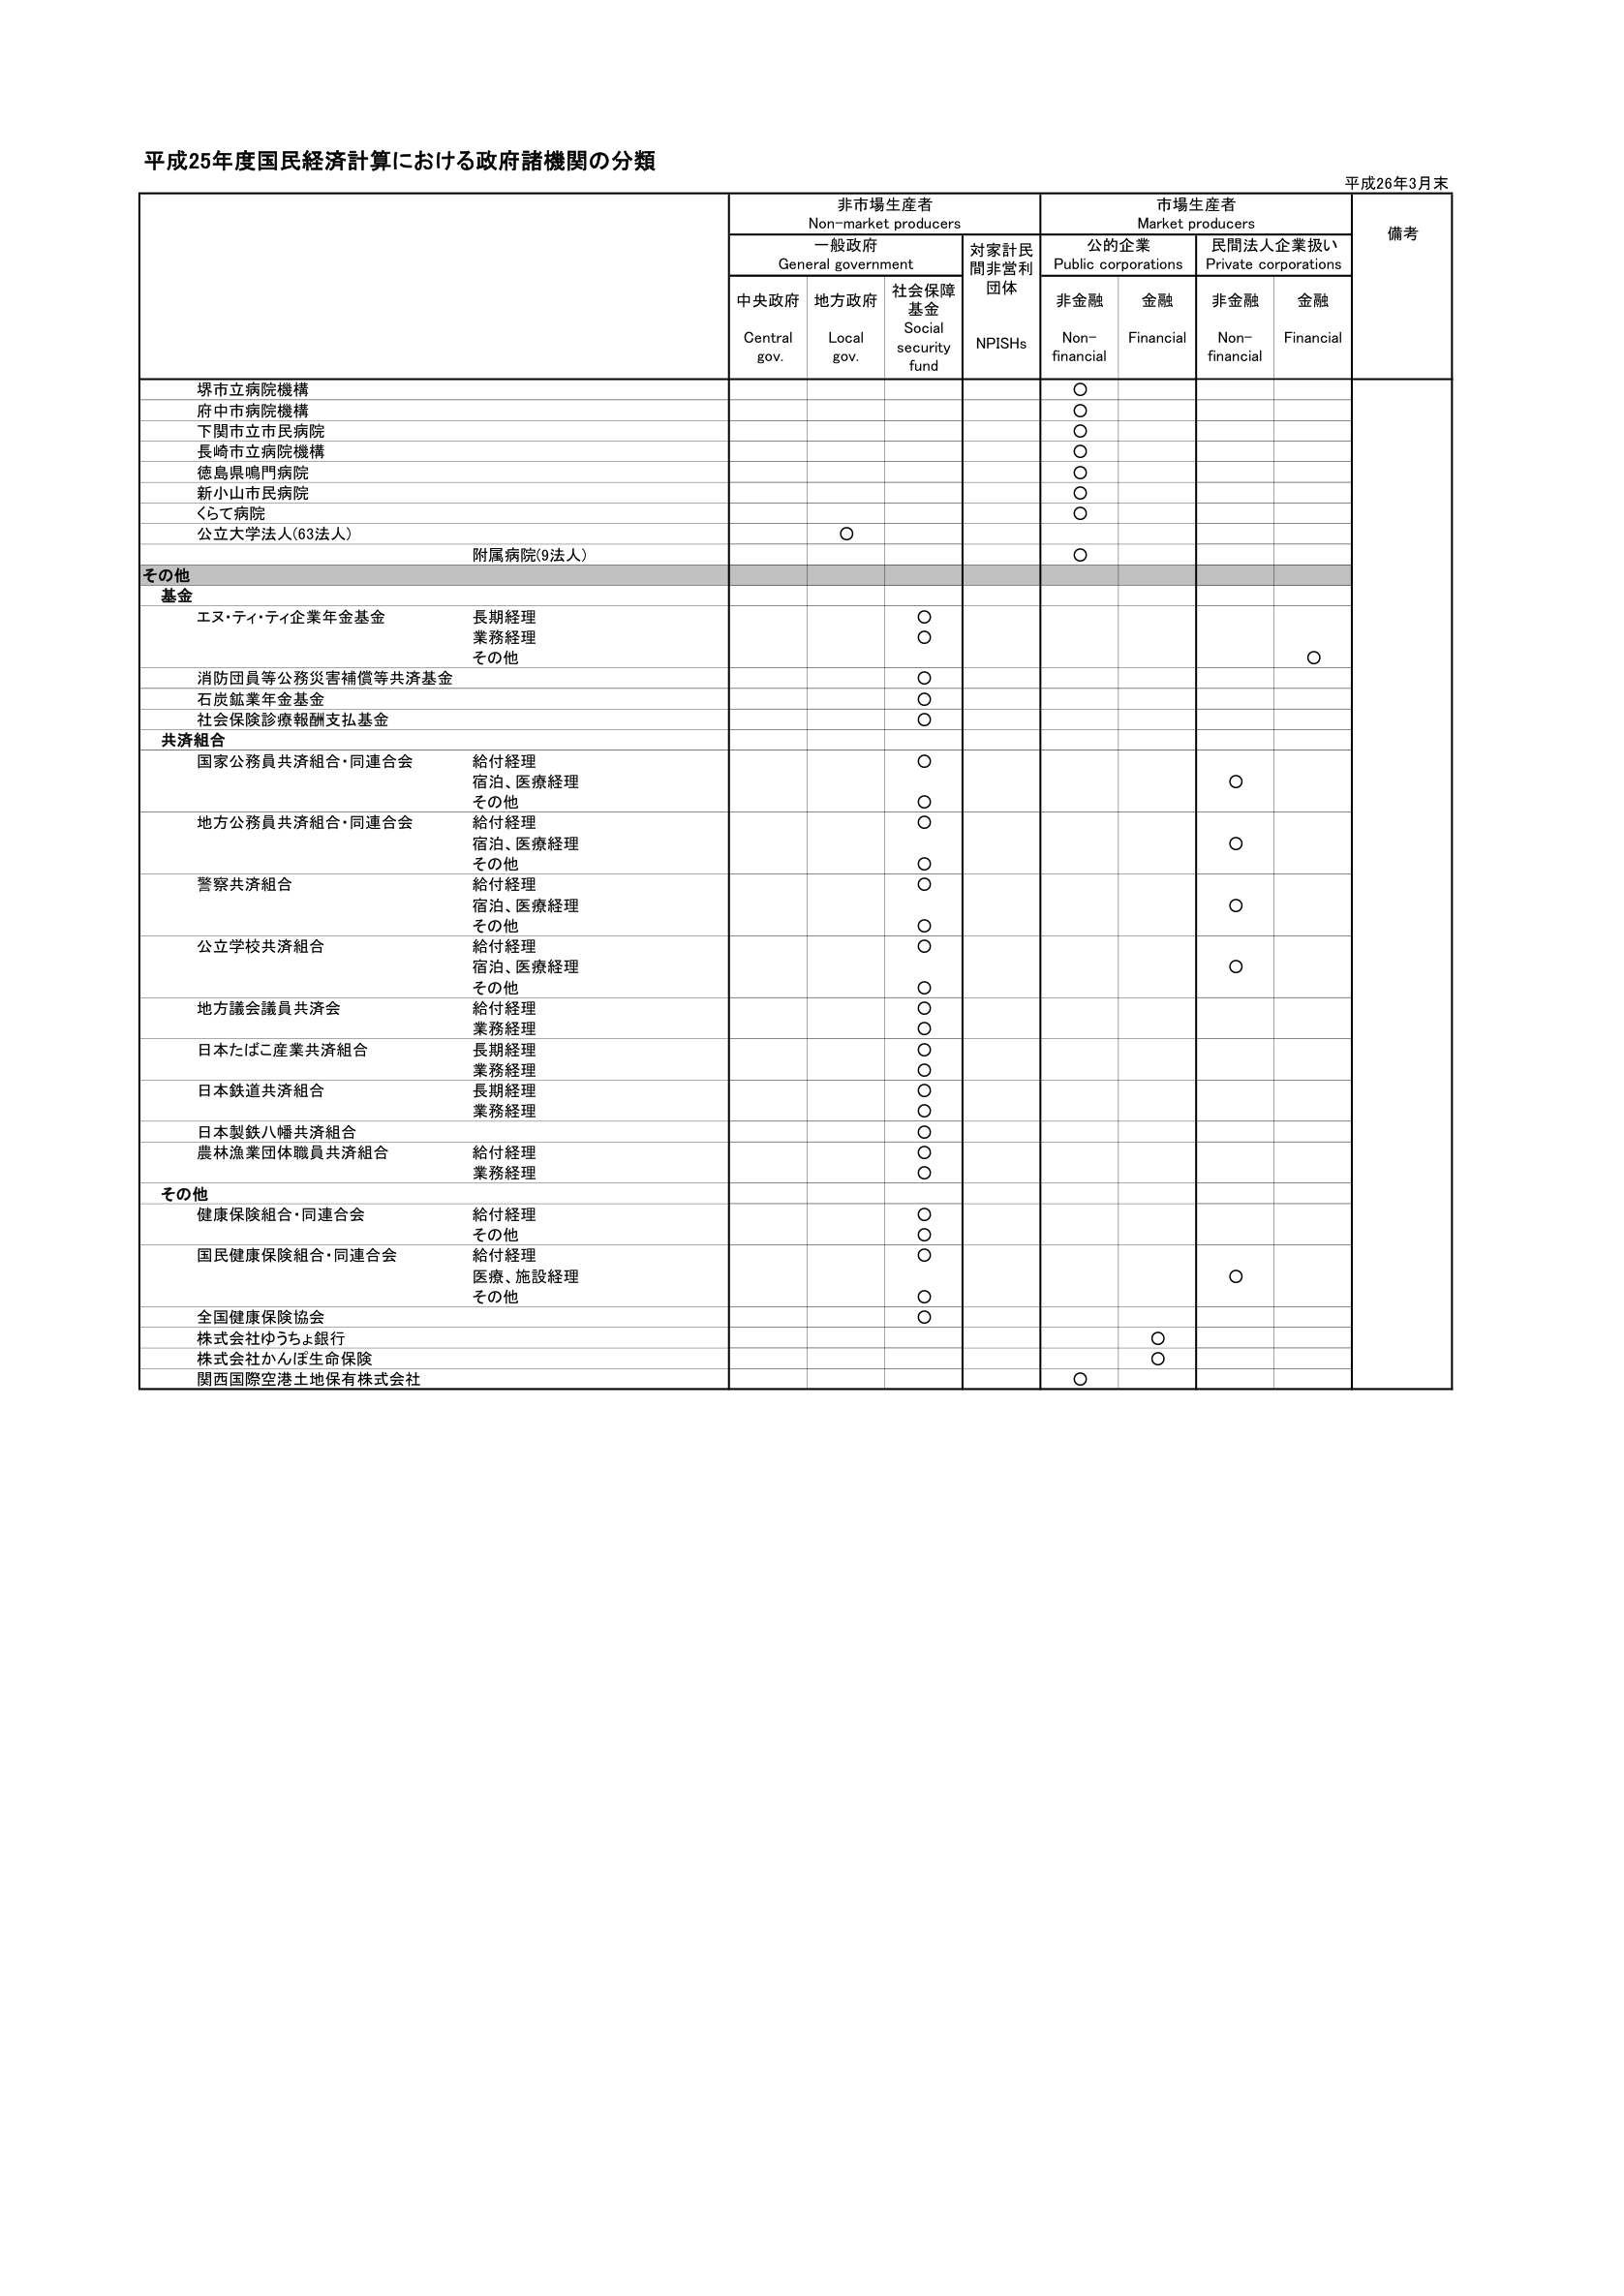
平成25年度国民経済計算における政府諸機関の分類
平成26年3月末

非市場生産者
Non-market producers
一般政府
General government
対家計民間非営利団体
NPISHs
市場生産者
Market producers
公的企業
Public corporations
民間法人企業扱い
Private corporations
備考

中央政府
Central gov.
地方政府
Local gov.
社会保障基金
Social security fund
非金融
Non-financial
金融
Financial
非金融
Non-financial
金融
Financial

堺市立病院機構
○
府中市病院機構
○
下関市立市民病院
○
長崎市立病院機構
○
徳島県鳴門病院
○
新小山市民病院
○
くらて病院
○
公立大学法人(63法人)
○
附属病院(9法人)
○

その他
基金
エヌ・ティ・ティ企業年金基金
長期経理
○
業務経理
○
その他
○
消防団員等公務災害補償等共済基金
○
石炭鉱業年金基金
○
社会保険診療報酬支払基金
○

共済組合
国家公務員共済組合・同連合会
給付経理
○
宿泊、医療経理
○
その他
○
地方公務員共済組合・同連合会
給付経理
○
宿泊、医療経理
○
その他
○
警察共済組合
給付経理
○
宿泊、医療経理
○
その他
○
公立学校共済組合
給付経理
○
宿泊、医療経理
○
その他
○
地方議会議員共済会
給付経理
○
業務経理
○
日本たばこ産業共済組合
長期経理
○
業務経理
○
日本鉄道共済組合
長期経理
○
業務経理
○
日本製鉄八幡共済組合
○
農林漁業団体職員共済組合
給付経理
○
業務経理
○

その他
健康保険組合・同連合会
給付経理
○
その他
○
国民健康保険組合・同連合会
給付経理
○
医療、施設経理
○
その他
○
全国健康保険協会
○
株式会社ゆうちょ銀行
○
株式会社かんぽ生命保険
○
関西国際空港土地保有株式会社
○